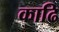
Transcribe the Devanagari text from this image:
काढि